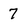
Character: 7